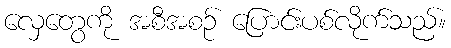
လှေတွေကို အစီအစဉ် ပြောင်းပစ်လိုက်သည်။